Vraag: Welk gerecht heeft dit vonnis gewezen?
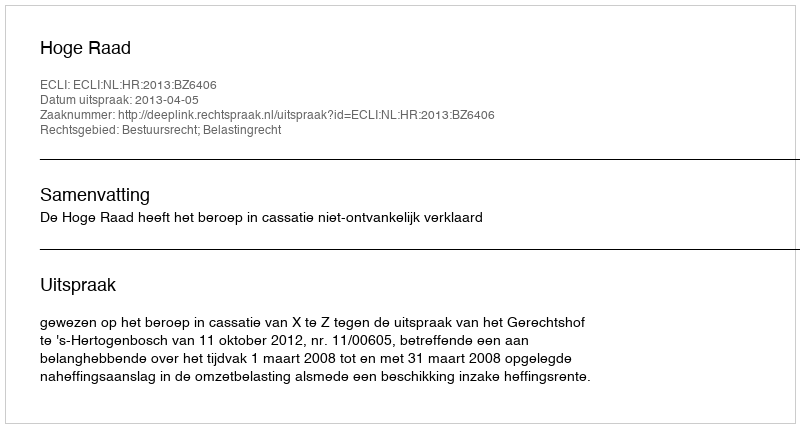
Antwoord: Hoge Raad